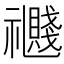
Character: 𥜤